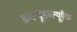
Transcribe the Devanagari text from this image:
डब्ल्यूडब्ल्यूऍफ़